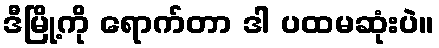
ဒီမြို့ကို ရောက်တာ ဒါ ပထမဆုံးပဲ။